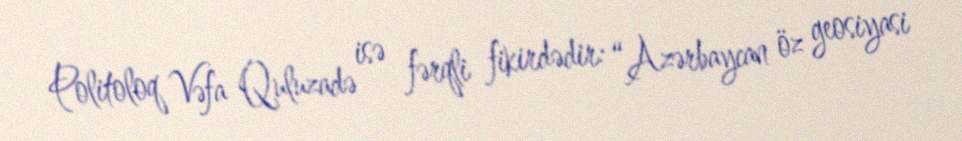
Politoloq Vəfa Quluzadə isə fərqli fikirdədir: “Azərbaycan öz geosiyasi